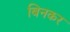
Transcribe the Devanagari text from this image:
बिनकर